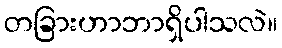
တခြားဟာဘာရှိပါသလဲ။